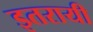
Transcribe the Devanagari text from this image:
इतरायी